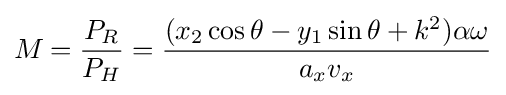
M_{}={\frac {P_{R}}{P_{H}}}={\frac {(x_{2}\cos \theta -y_{1}\sin \theta +k^{2})\alpha \omega }{a_{x}v_{x}}}